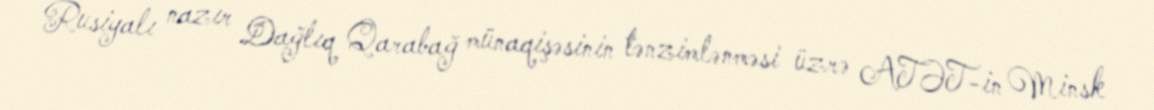
Rusiyalı nazır Dağlıq Qarabağ münaqişəsinin tənzimlənməsi üzrə ATƏT-in Minsk